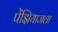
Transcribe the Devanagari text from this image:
पेंझियाजला